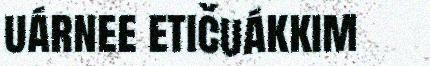
uárnee etičuákkim